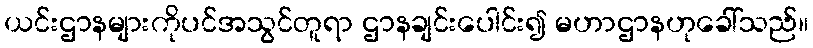
ယင်းဌာနများကိုပင်အသွင်တူရာ ဌာနချင်းပေါင်း၍ မဟာဌာနဟုခေါ်သည်။